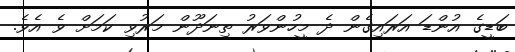
ބަޑީގެ އުންޑަ އަރައިގެން ދެ މީހުންވަރު ތިނަދޫން މަރުވި ކަމަށް ވެ އެވެ.